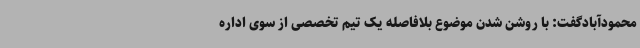
محمودآبادگفت: با روشن شدن موضوع بلافاصله یک تیم تخصصی از سوی اداره